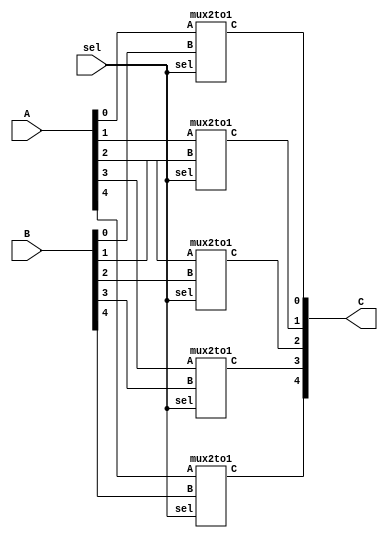
module mux2to1_5bit(A, B, sel, C);
	input [4:0]A, B;
	input sel;
	output [4:0]C;
	genvar i;
	
	generate
		for(i=4; i>=0; i=i-1) begin: block1
			mux2to1 m1( .A(A[i]),
							.B(B[i]),
							.sel(sel),
							.C(C[i])
						);
		end
	endgenerate
	
endmodule

module mux2to1 (A, B, sel, C);
	input A, B, sel;
	output C;
	wire and1, and2, not1;
	
	not n1(not1, sel);
	and a1(and1, A, sel);
	and a2(and2, B, not1);
	or o1(C, and1, and2);
endmodule